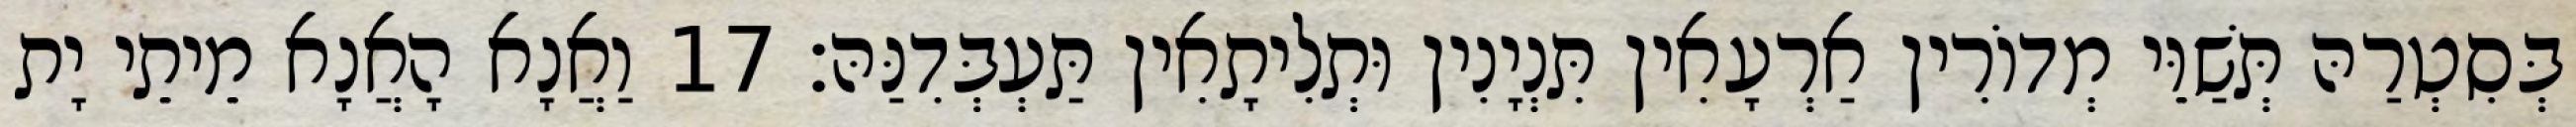
בְּסִטְרַהּ תְּשַׁוֵּי מְדוֹרִין אַרְעָאִין תִּנְיָנִין וּתְלִיתָאִין תַּעְבְּדִנַּהּ׃ 17 וַאֲנָא הָאֲנָא מֵיתֵי יָת